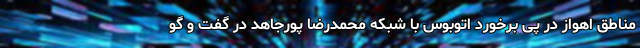
مناطق اهواز در پی برخورد اتوبوس با شبکه محمدرضا پورجاهد در گفت و گو